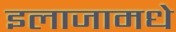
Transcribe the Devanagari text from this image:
इलाजामधे